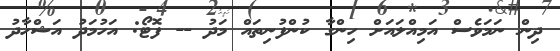
ދިން ނަމަވެސް އަމިއްލައަށް ހިންގާ ކުންފުނިތައް މަދު -- ފޮޓޯ: އަހުމަދު އަޝްހާދު